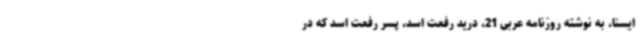
ایسنا، به نوشته روزنامه عربی 21، درید رفعت اسد، پسر رفعت اسد که در